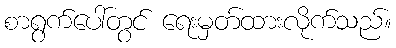
စာရွက်ပေါ်တွင် ရေးမှတ်ထားလိုက်သည်။